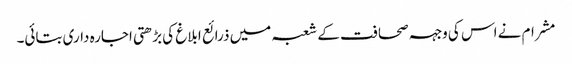
مشرام نے اس کی وجہہ صحافت کے شعبہ میں ذرائع ابلاغ کی بڑھتی اجارہ داری بتائی۔